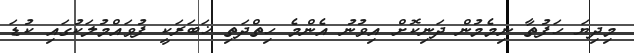
މިދިޔަ ހަފުތާ ނިމެމުން ދަނިކޮށް އިވުނު އެންމެ ހިތްދަތި ޚަބަރަކީ ފުވައްމުލަކުގައި ކުޑަ